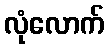
လုံလောက်